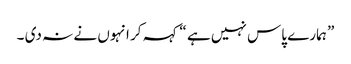
” ہمارے پاس نہیں ہے “کہہ کر انہوں نے نہ دی ۔